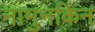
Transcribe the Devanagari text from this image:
नामुनकिन